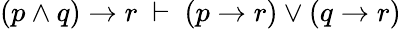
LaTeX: (p\land q)\to r\ \vdash\ (p\to r)\lor(q\to r)